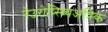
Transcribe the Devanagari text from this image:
नेउरोप्स्य्चिअत्रिक